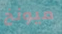
ميونخ